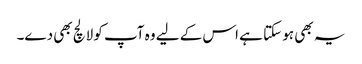
یہ بھی ہو سکتا ہے اس کے لیے وہ آپ کو لالچ بھی دے۔